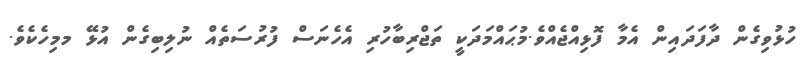
ހުޅުވިގެން ދާފަދައިން އެމާ ފޮޅިއްޖެއްވެ.މުޙައްމަދަކީ ތަޖްރިބާހުރި އެހެނަސް ފުރުސަތެއް ނުލިބިގެން އުޅޭ މމިހެކެވެ.